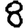
Digit: 8